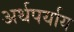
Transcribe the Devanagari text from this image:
अर्थपर्याय